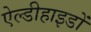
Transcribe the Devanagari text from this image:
ऐल्डीहाइडों